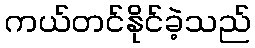
ကယ်တင်နိုင်ခဲ့သည်